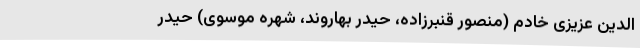
‌الدین عزیزی خادم (منصور قنبرزاده، حیدر بهاروند، شهره موسوی) حیدر